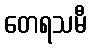
တေရသမီ